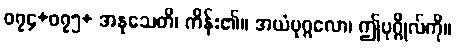
၀၇၄+၀၇၅+ အနုသေတိ၊ ကိန်း၏။ အယံပုဂ္ဂလော၊ ဤပုဂ္ဂိုလ်ကို။